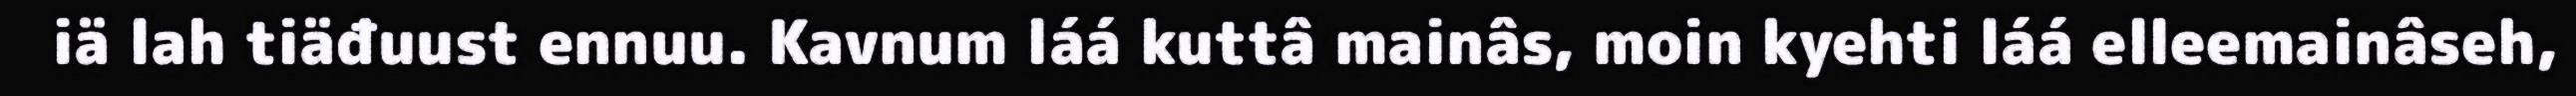
iä lah tiäđuust ennuu. Kavnum láá kuttâ mainâs, moin kyehti láá elleemainâseh,